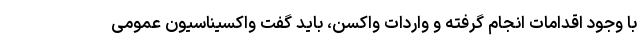
با وجود اقدامات انجام گرفته و واردات واکسن، باید گفت واکسیناسیون عمومی